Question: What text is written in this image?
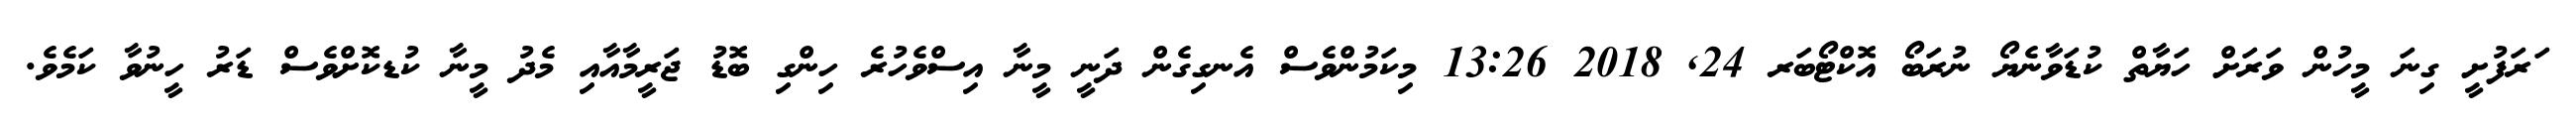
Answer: ަރަފުށީ ގިނަ މީހުން ވަރަށް ހަޔާތް ކުޑަވާނެޔޯ ނުރަބޯ އޮކްޓޯބަރ 24, 2018 13:26 މިކަމުންވެސް އެނގިގެން ދަނީ މީނާ އިސްވެހުރެ ހިންގި ބޮޑު ޖަރީމާއާއި މެދު މީނާ ކުޑކޮށްވެސް ޑަރު ހީނުވާ ކަމެވެ.